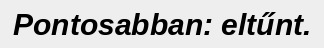
Pontosabban: eltűnt.